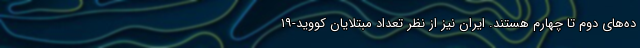
ده‌های دوم تا چهارم هستند. ایران نیز از نظر تعداد مبتلایان کووید-۱۹